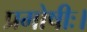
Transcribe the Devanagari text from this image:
प्रमोषीः।